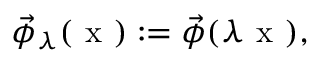
\vec { \phi } _ { \lambda } ( \textrm { x } ) : = \vec { \phi } ( \lambda \textrm { x } ) ,